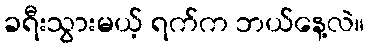
ခရီးသွားမယ့် ရက်က ဘယ်နေ့လဲ။